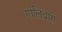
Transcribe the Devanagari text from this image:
गोलिबारी